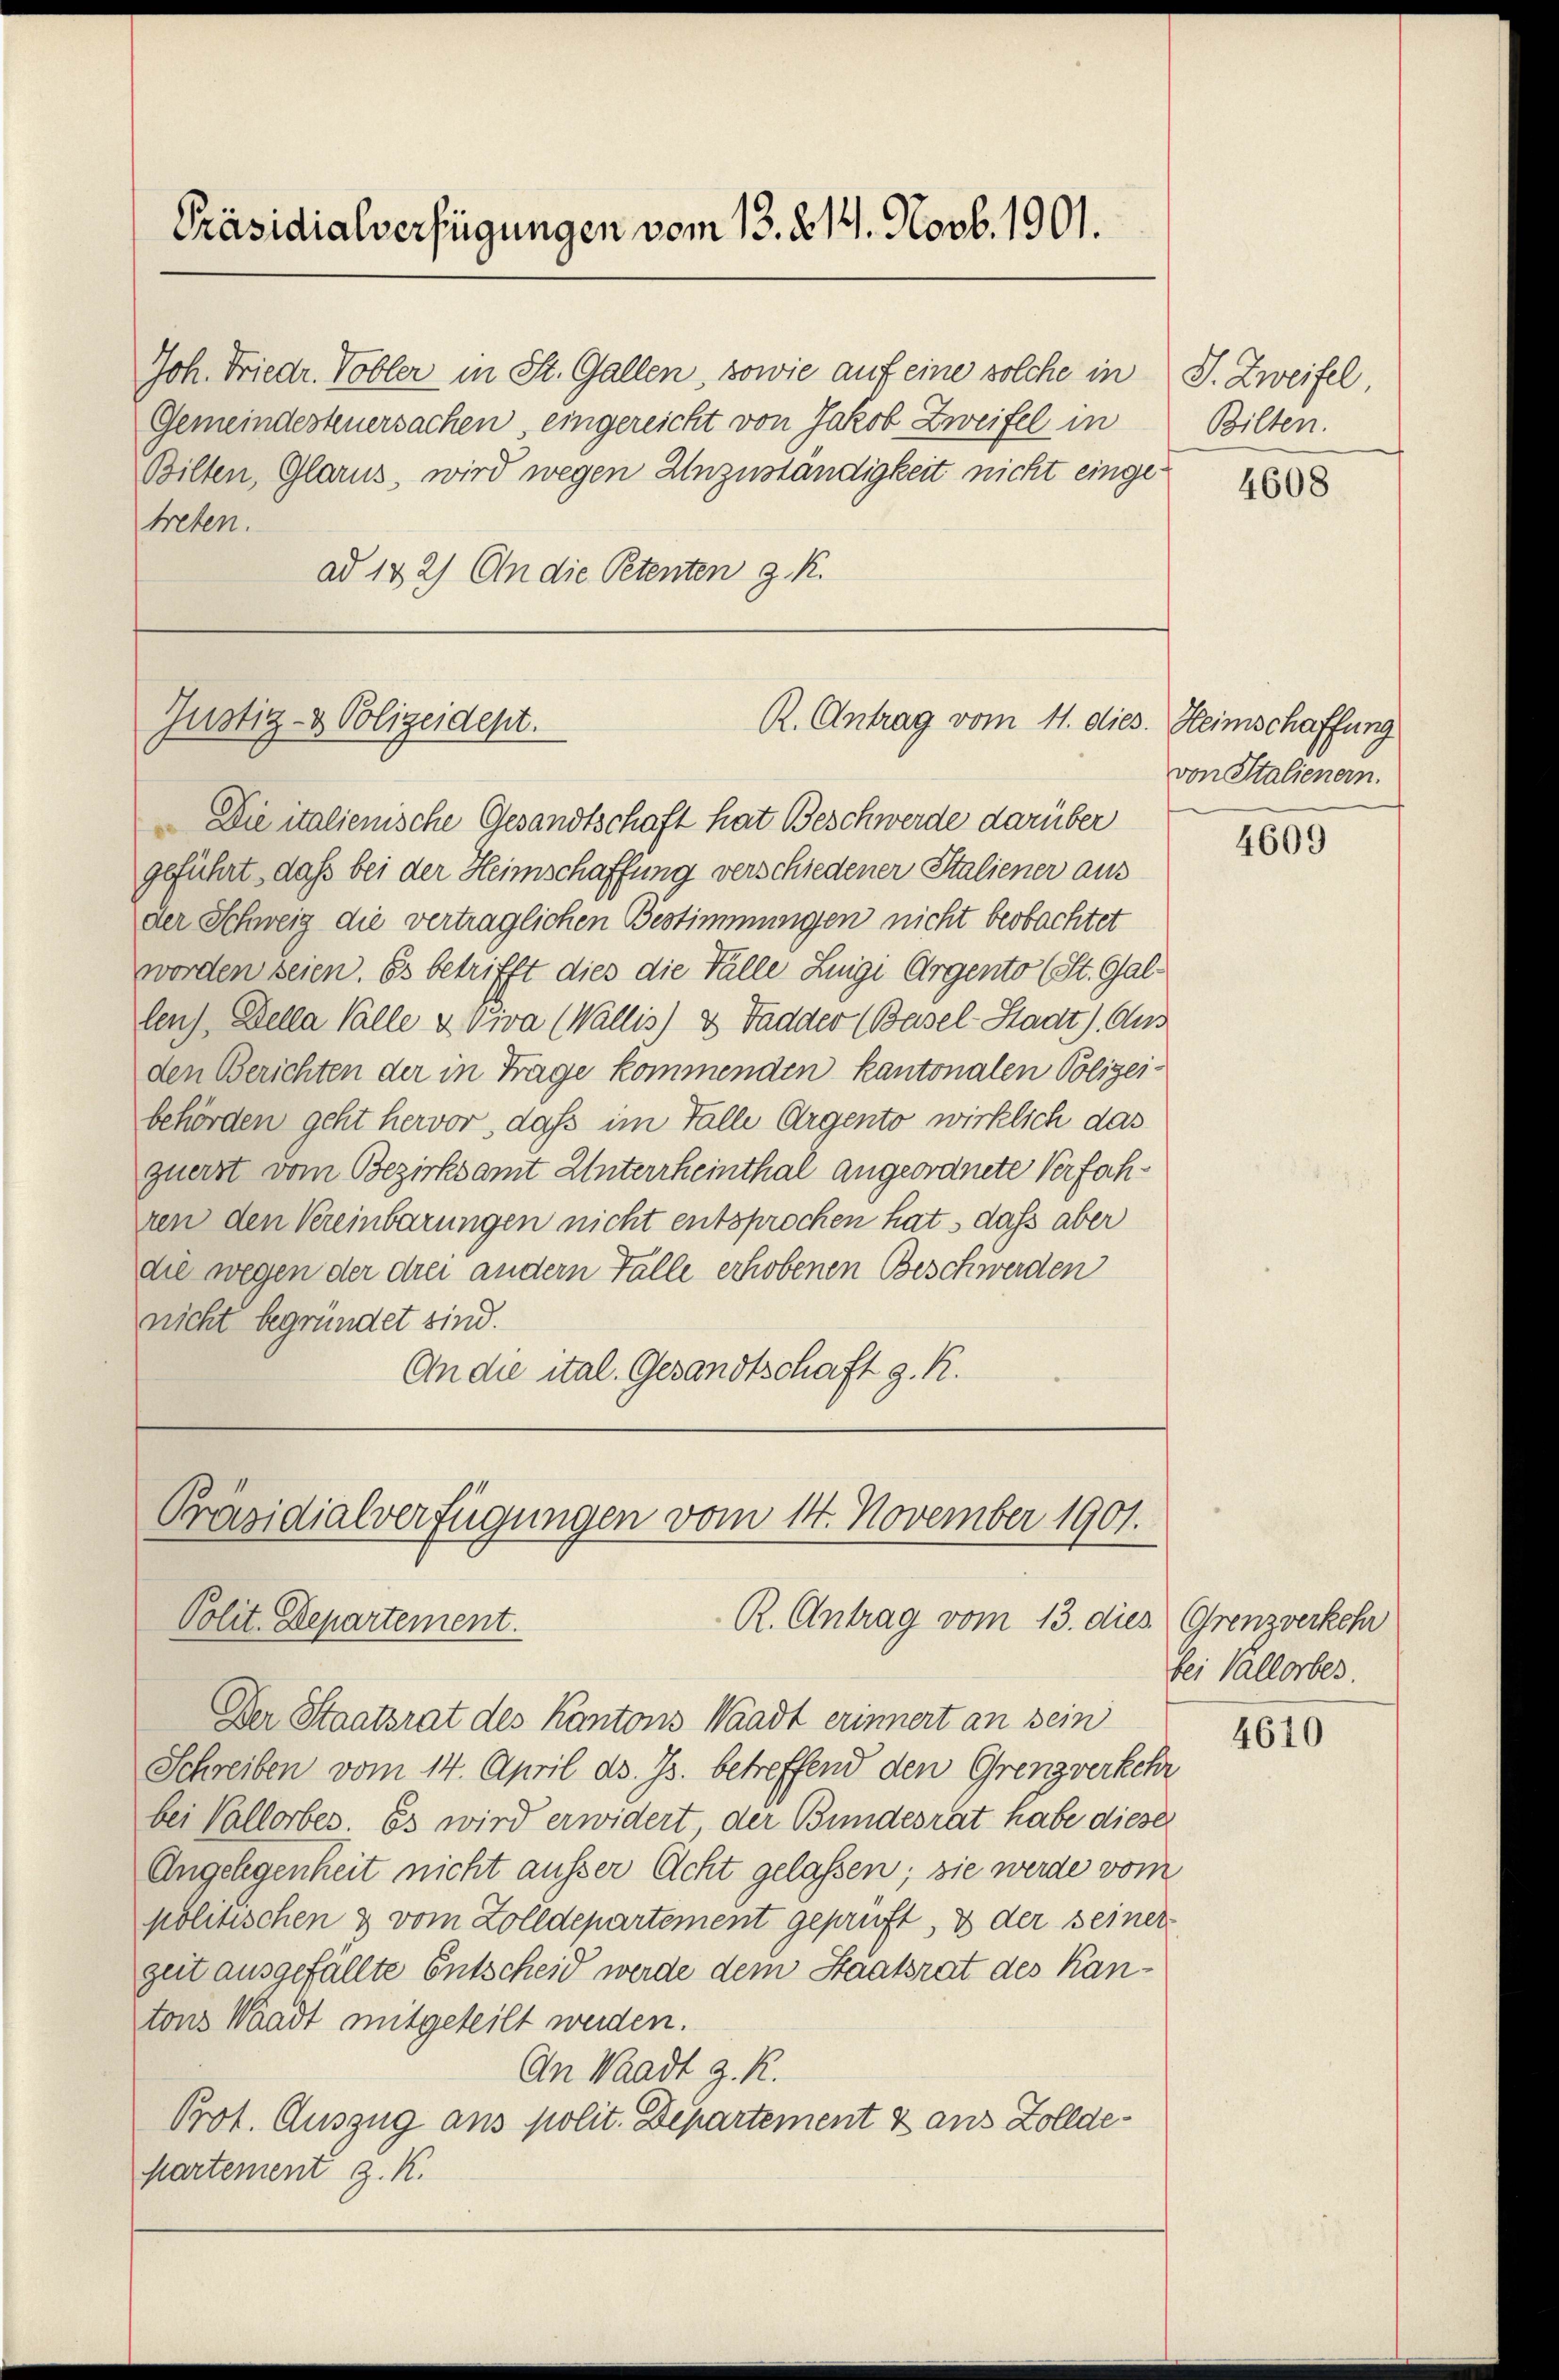
Präsidialverfügungen vom 13. 214. Novb. 1901.

Joh. Friedr. Tobler in St. Gallen, sowie auf eine solche in
Gemeindesteuersachen, eingereicht von Jakob Zweifel in
Bilten, Glarus, wird wegen Unzuständigkeit nicht eingetreten.
ad 142) An die Petenten z. R.

Justiz- & Polizeidept.

R. Antrag vom 11. dies. Heimschaffung

Die italienische Gesandtschaft hat Beschwerde darüber
geführt, daß bei der Heimschaffung verschiedener Staliener aus
der Schweiz die vertraglichen Bestimmungen nicht beobachtet
worden seien. Es betrifft dies die Fälle Luigi Argento (St. Gallenz, Della Valle & Viva (Wallis) & Tadder (Basel-Stadt) Auss
den Berichten der in Frage kommenden kantonalen Polizeibehörden geht hervor, daß im Falle Argento wirklich das
querst vom Bezirksamt Unterrheinthal angeordnete Verfahren den Vereinbarungen nicht entsprochen hat, dass aber
die wegen der drei andern Fälle erhobenen Beschwerden
nicht begründet sind.
An die ital. Gesandtschaft g. R.

Präsidialverfügungen vom 14. November 1901.
R. Antrag vom 13. dies Grenzverkehr
Polit. Departement.

Der Staatsrat des Kantons Waadt erinnert an sein
Schreiben vom 14. April ds. Js. betreffend den Grenzverkehr
bei Vallorbes. Es wird erwidert der Bundesrat habe dieser
Angelegenheit nicht ausser Acht gelassen; sie werde vom
politischen & vom Zolldepartement geprüft, 3 der seiner
geit ausgefällte Entscheid werde dem Staatsrat des Kantons Waadt mitgeteilt werden.
An Waadt z. R.
Prot. Auszug aus polit. Departement & aus Zolldepartement z. K.

J. Zweifel
Bilten.

4608

von Stalienern.

4609

bei Vallorbes

4610